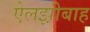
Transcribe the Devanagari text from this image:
ऐलझ़ीबाह